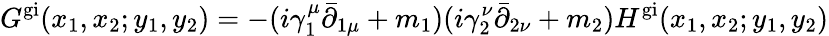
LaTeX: G^{\mathrm{gi}}(x_{1},x_{2};y_{1},y_{2})=-(i\gamma_{1}^{\mu}\bar{\partial}_{1\mu}+m_{1})(i\gamma_{2}^{\nu}\bar{\partial}_{2\nu}+m_{2})H^{\mathrm{gi}}(x_{1},x_{2};y_{1},y_{2})